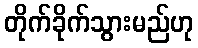
တိုက်ခိုက်သွားမည်ဟု